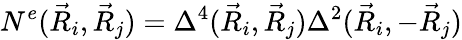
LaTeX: N^{e}(\vec{R}_{i},\vec{R}_{j})=\Delta^{4}(\vec{R}_{i},\vec{R}_{j})\Delta^{2}(\vec{R}_{i},-\vec{R}_{j})